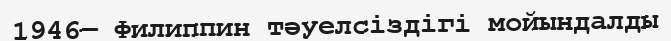
1946— Филиппин тәуелсiздiгi мойындалды